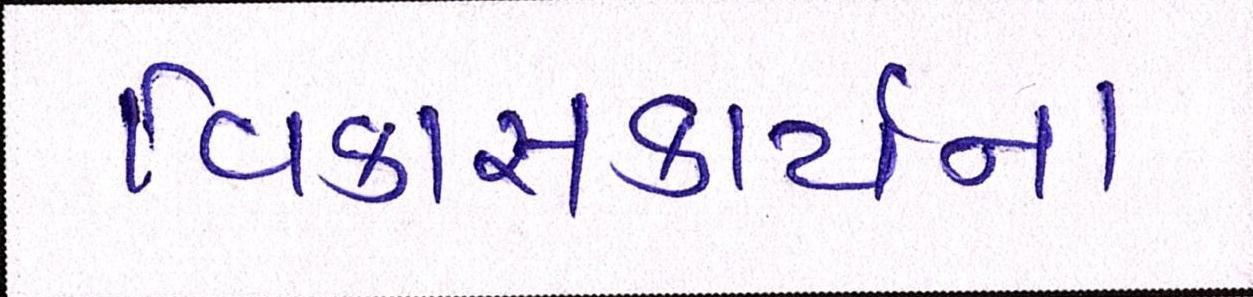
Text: વિકાસકાર્યના